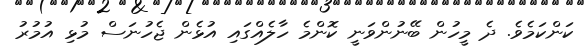
ކަންކަމެވެ. ދެ މީހުން ބޭނުންވަނީ ކޮންމެ ހާލެއްގައި އުޅެން ޖެހުނަސް މުޅި އުމުރު